Problem: 27 + 23 = ?
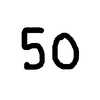
Handwritten answer: 50